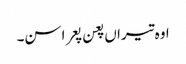
اوہ تیراں پعن پعرا سن۔